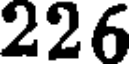
226